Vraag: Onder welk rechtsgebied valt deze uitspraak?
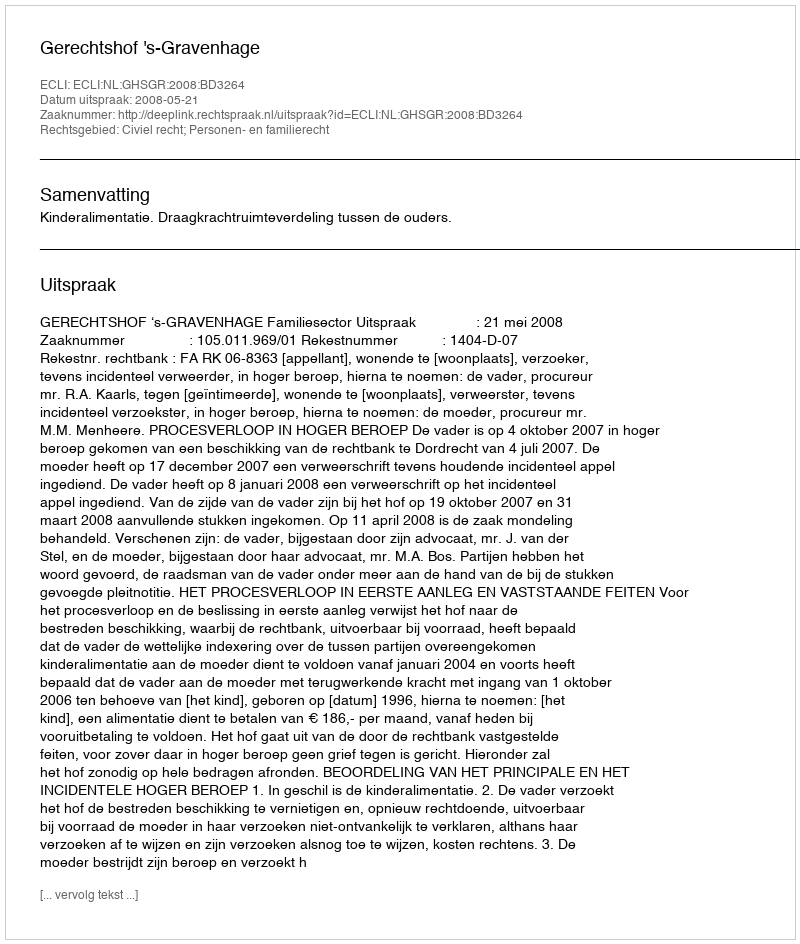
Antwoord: Civiel recht; Personen- en familierecht